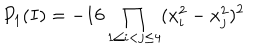
LaTeX: P _ { 1 } ( I ) = - 1 6 \prod _ { 1 \le i < j \le 4 } ( x _ { i } ^ { 2 } - x _ { j } ^ { 2 } ) ^ { 2 }